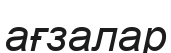
ағзалар